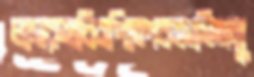
লালরুখবিওপিতেপবনগতিঅনু